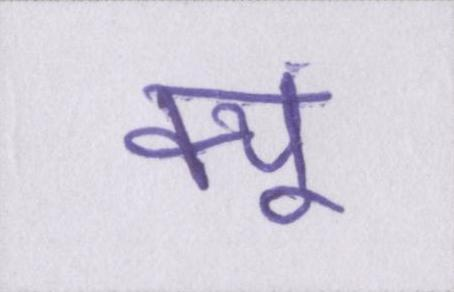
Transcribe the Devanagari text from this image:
क्यूं